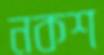
নকশ